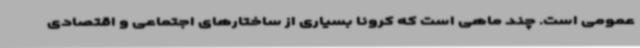
عمومی است. چند ماهی است که کرونا بسیاری از ساختارهای اجتماعی و اقتصادی